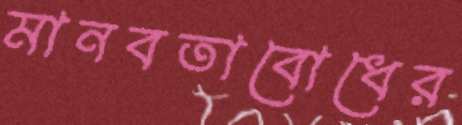
মানবতাবোধের